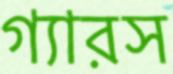
গ্যারস